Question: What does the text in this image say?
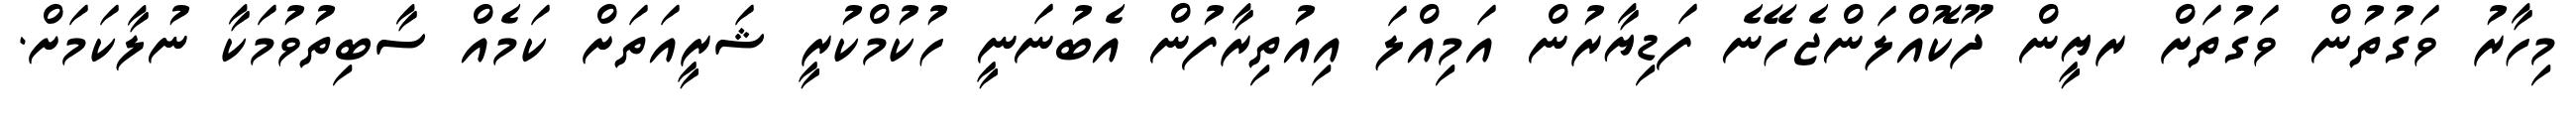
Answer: މިހާރު ވަގުތުން ވަގުތަށް ރޔީން ދޫކޮއްލަންޖެހޭނެ ފަޑިޔާރުން އަމިއްލަ އިއުތިރާފުން އެބުނަނީ ހުކުމްކުރީ ޝަރީއަތަށް ކަމެއް ސާބިތުވުމަކާ ނުލާކަމަށް.